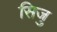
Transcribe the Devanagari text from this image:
सिजु